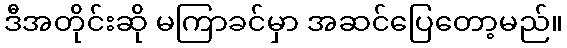
ဒီအတိုင်းဆို မကြာခင်မှာ အဆင်ပြေတော့မည်။